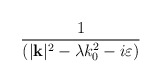
\begin{align*}\frac{1}{(|\mathbf{k}|^{2}-\lambda k_{0}^{2}-i\varepsilon )}\end{align*}